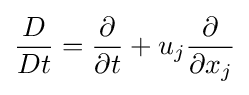
{\frac {D}{Dt}}={\frac {\partial }{\partial t}}+u_{j}{\frac {\partial }{\partial x_{j}}}